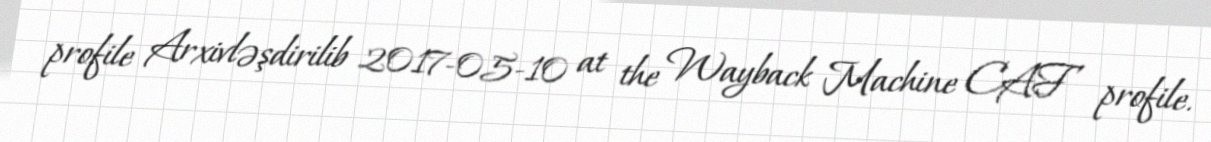
profile Arxivləşdirilib 2017-05-10 at the Wayback Machine CAF profile.